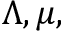
\Lambda , \mu ,